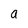
Character: a